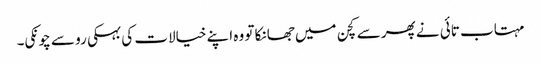
مہتاب تائی نے پھر سے کچن میں جھانکا تو وہ اپنے خیالات کی بہکی رو سے چونکی۔